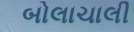
બોલાચાલી